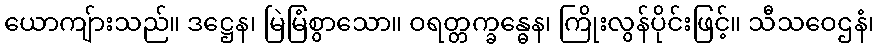
ယောကျ်ားသည်။ ဒဋ္ဌေန၊ မြဲမြံစွာသော။ ဝရတ္တက္ခန္ဓေန၊ ကြိုးလွန်ပိုင်းဖြင့်။ သီသဝေဌနံ၊